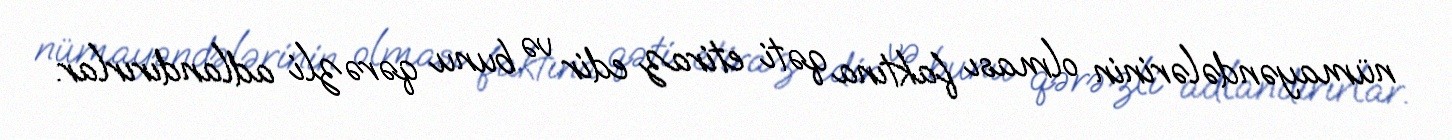
nümayəndələrinin olması faktına qəti etiraz edir və bunu qərəzli adlandırırlar.